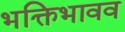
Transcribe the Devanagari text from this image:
भक्तिभावव